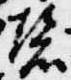
磬